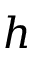
h